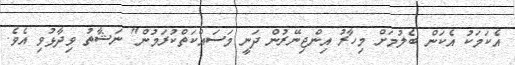
އެކަމަކު އެކަން ބެލުމަށް މިހާރު އިންޖިނޭރުން ދަނީ މަސައްކަތްކުރަމުން" ނަޝާތު ވިދާޅުވި އެވެ.